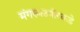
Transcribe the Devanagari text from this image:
मंगरूळपीरकडे